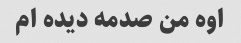
اوه من صدمه دیده ام